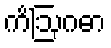
ကိံဩဂဓာ